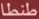
طنطا